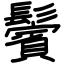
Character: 鬢